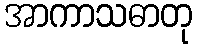
အာကာသဓာတု